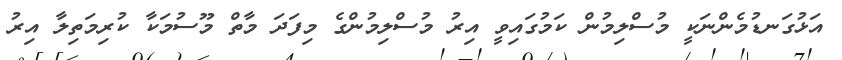
އަޅުގަނޑުމެންނަކީ މުސްލިމުން ކަމުގައިވީ އިރު މުސްލިމުންގެ މިފަދަ މާތް މޫސުމަކާ ކުރިމަތިލާ އިރު